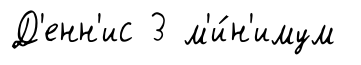
Д'енн'ис 3 м'и́н'имум